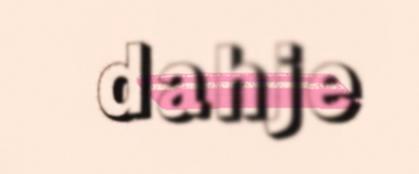
dahje